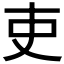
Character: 吏